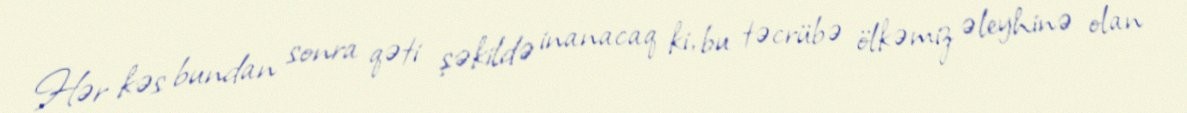
Hər kəs bundan sonra qəti şəkildə inanacaq ki, bu təcrübə ölkəmiz əleyhinə olan